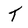
Character: t